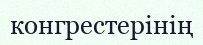
конгрестерінің